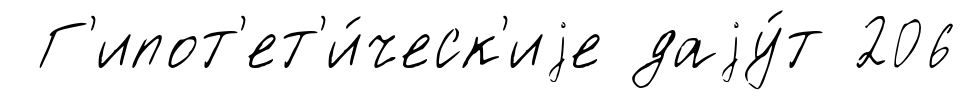
Г'ипот'ет'и́ческ'иjе даjу́т 206